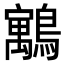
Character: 䴁